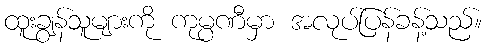
ထူးချွန်သူများကို ကုမ္ပဏီမှာ အလုပ်ပြန်ခန့်သည်။